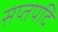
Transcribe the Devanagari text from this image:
सप्तपदि